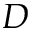
D